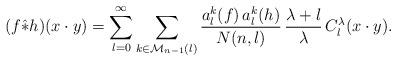
LaTeX: \begin{align*}(f\hat\ast h)(x\cdot y)=\sum_{l=0}^\infty\sum_{k\in\mathcal M_{n-1}(l)}\frac{a_l^k(f)\,a_l^k(h)}{N(n,l)}\,\frac{\lambda+l}{\lambda}\,C_l^\lambda(x\cdot y).\end{align*}